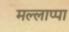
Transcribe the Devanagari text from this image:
मल्लाप्पा